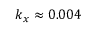
k _ { x } \approx 0 . 0 0 4